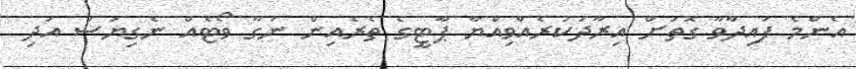
އެންމެ ފައިދާވާ ގޮތަށް އިރާދަކުރެއްވިއްޔާ ޕާޓީގެ ތެރެއިން ނަގާ ވޯޓެއް ނެގިޔަސް އަދި